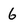
Character: 6